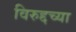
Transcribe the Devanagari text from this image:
विरुद्दच्या